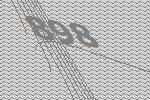
898